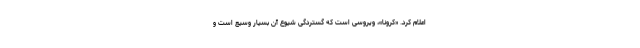
اعلام کرد. «کرونا»، ویروسی است که گستردگی شیوع آن بسیار وسیع است و